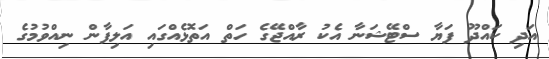
އަދި ކައްދޫ ފަޔާ ސްޓޭޝަނާ އެކު ރާއްޖޭގެ ހަތް އަތޮޅެއްގައި އަލިފާން ނިއްވުމުގެ